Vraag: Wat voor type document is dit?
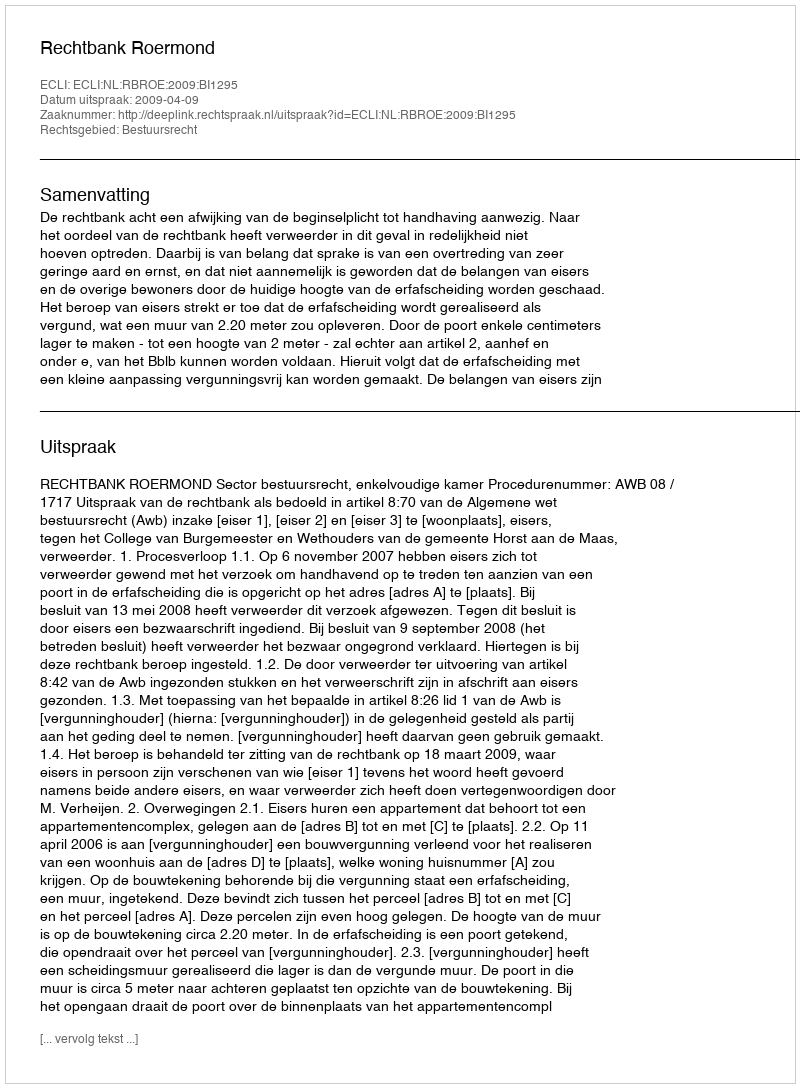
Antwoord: Uitspraak